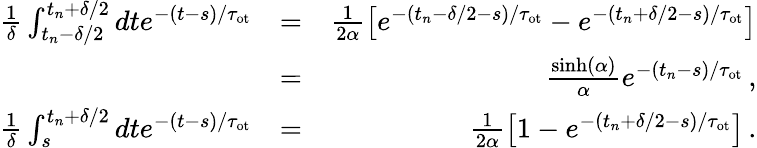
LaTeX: \begin{array}{rlr}{\frac{1}{\delta}\int_{t_{n}-\delta/2}^{t_{n}+\delta/2}dte^{-(t-s)/\tau_{\mathrm{ot}}}}&{=}&{\frac{1}{2\alpha}\left[e^{-(t_{n}-\delta/2-s)/\tau_{\mathrm{ot}}}-e^{-(t_{n}+\delta/2-s)/\tau_{\mathrm{ot}}}\right]}\\ &{=}&{\frac{\sinh(\alpha)}{\alpha}e^{-(t_{n}-s)/\tau_{\mathrm{ot}}}\, ,}\\ {\frac{1}{\delta}\int_{s}^{t_{n}+\delta/2}dte^{-(t-s)/\tau_{\mathrm{ot}}}}&{=}&{\frac{1}{2\alpha}\left[1-e^{-(t_{n}+\delta/2-s)/\tau_{\mathrm{ot}}}\right]\, .}\end{array}